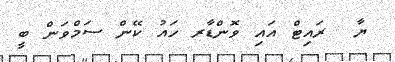
ޔާ  ރައިޓް އައި ވޮންޑާރ ހައު ކޭން ސަމްވަން ބީ